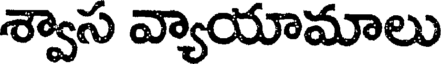
శ్వాస వ్యాయామాలు